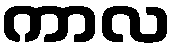
ကာလ